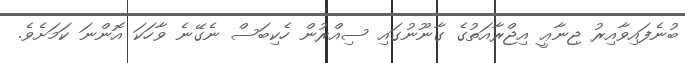
ބުނެފައިވާއިރު ޖިނާޢީ އިޖްރާއަތުގެ ގާނޫނުގައި ސިއްރުން ހެކިބަސް ނެގޭނެ ވާހަކަ އޮންނަ ކަމަށެވެ.